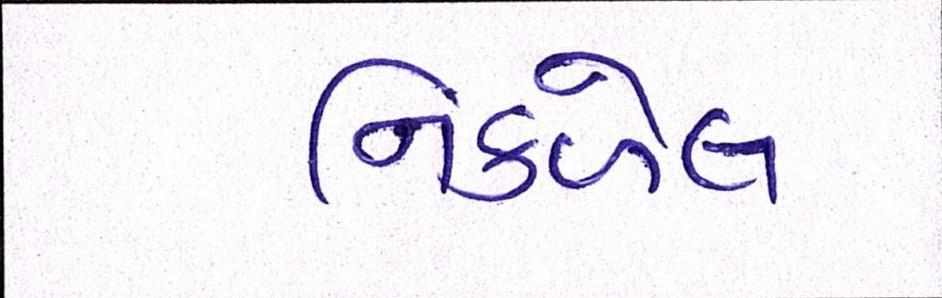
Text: નિકળેલ